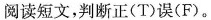
阅读短文,判断正(T)误(F)。